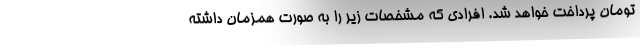
تومان پرداخت خواهد شد. افرادی که مشخصات زیر را به صورت همزمان داشته